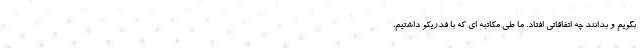
بگویم و بدانند چه اتفاقاتی افتاد. ما طی مکاتبه ای که با فدریکو داشتیم،